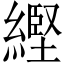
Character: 䌑